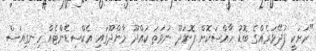
"ރަށަކީ ފުދޭވަރެއްގެ ބޮޑު ހާއްސަކޮށް ފޮނަދޫ ނުވަތަ ކައްދޫ މާންދޫގައި އެކްސިޑެންޓެއް ހިނގިއަސް